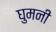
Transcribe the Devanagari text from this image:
घुमनी